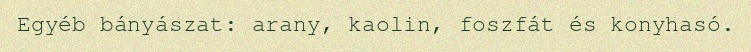
Egyéb bányászat: arany, kaolin, foszfát és konyhasó.